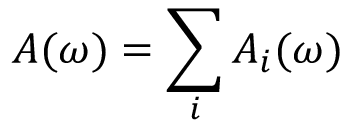
A ( \omega ) = \sum _ { i } A _ { i } ( \omega )